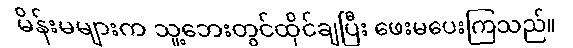
မိန်းမများက သူ့ဘေးတွင်ထိုင်ချပြီး ဖေးမပေးကြသည်။